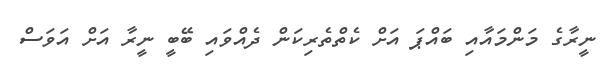
ނީރާގެ މަންމައާއި ބައްޕަ އަށް ކެތްތެރިކަން ދެއްވައި ބޭބީ ނީރާ އަށް އަވަސް